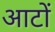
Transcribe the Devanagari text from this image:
आटों